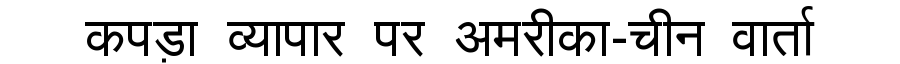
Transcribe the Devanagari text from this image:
कपड़ा व्यापार पर अमरीका-चीन वार्ता